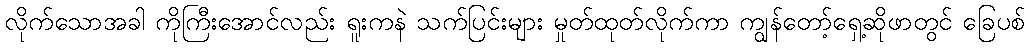
လိုက်သောအခါ ကိုကြီးအောင်လည်း ရူးကနဲ သက်ပြင်းများ မှုတ်ထုတ်လိုက်ကာ ကျွန်တော့်ရှေ့ဆိုဖာတွင် ခြေပစ်